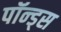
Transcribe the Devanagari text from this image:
पॉन्ड्स